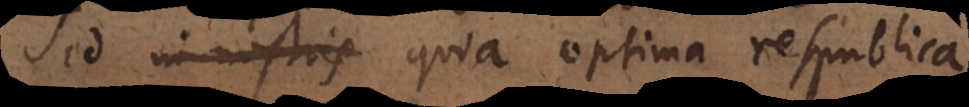
sed in nostris quia optima respublica